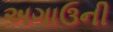
અગાઉની